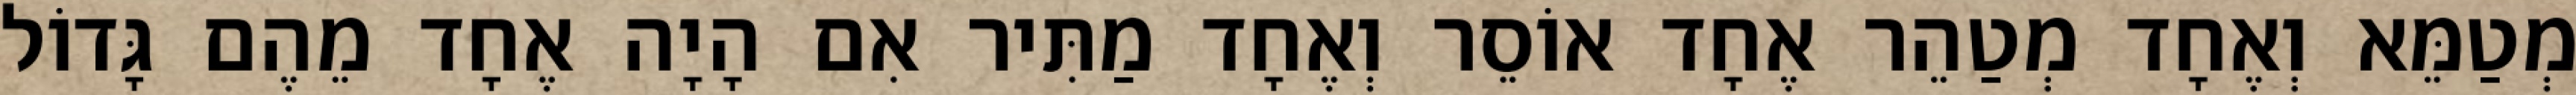
מְטַמֵּא וְאֶחָד מְטַהֵר אֶחָד אוֹסֵר וְאֶחָד מַתִּיר אִם הָיָה אֶחָד מֵהֶם גָּדוֹל